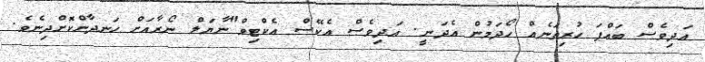
އަދިވެސް ބައްޕަ ހުރިތަނެއް ހޯދަމުން އެދަނީ. އަދިވެސް އެކޭސް އެކްޓިވް"ނާޔަލް ނޯރާއަށް ހަނދާންކޮށްދިނެވެ.